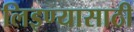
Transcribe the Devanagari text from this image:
लिइण्यासाठी